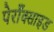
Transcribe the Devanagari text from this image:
पेराँक्साइड